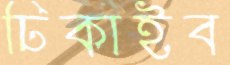
ঢিকাইব